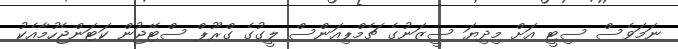
ނަމަވެސް ސިޓީ އަށް މިދިޔަ ސީޒަނުގެ ޗެމްޕިއަންސް ލީގުގެ ގްރޫޕް ސްޓޭޖުން ކަޓަންޖެހުމާއެކު